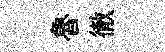
魯徹